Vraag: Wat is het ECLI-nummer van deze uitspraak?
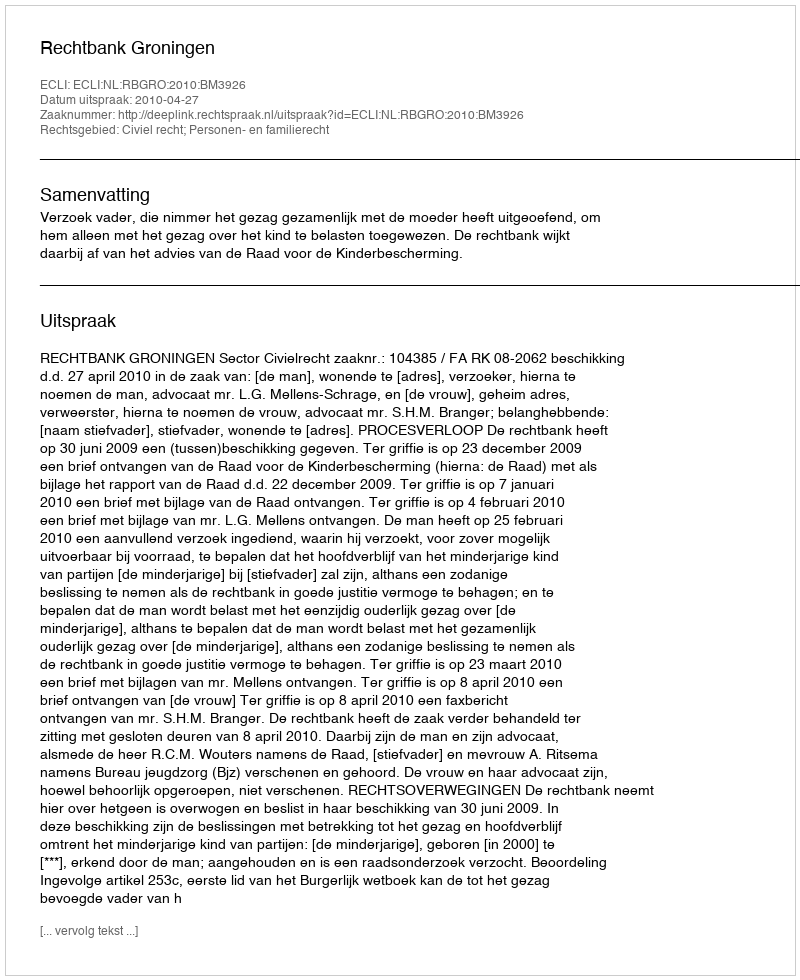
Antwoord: ECLI:NL:RBGRO:2010:BM3926